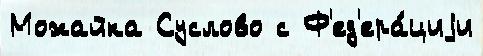
Можайка Суслово с Ф'ед'ера́циjи